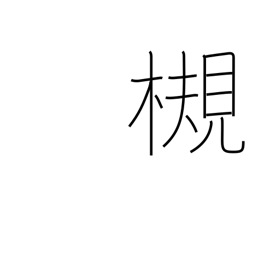
Meaning: Zelkova tree